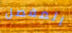
المفصل